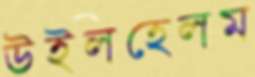
উইলহেলম